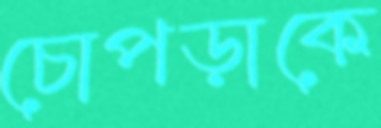
চোপড়াকে